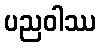
ပညဝါဿ